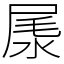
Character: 㞙